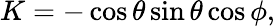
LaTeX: K=-\cos{\theta}\sin{\theta}\cos{\phi},